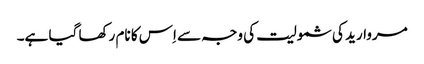
مروارید کی شمولیت کی وجہ سے اِس کا نام رکھا گیا ہے۔